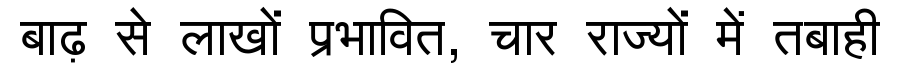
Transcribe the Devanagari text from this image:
बाढ़ से लाखों प्रभावित, चार राज्यों में तबाही